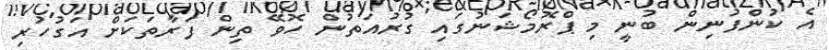
އެ ކުންފުނިން ބުނީ މި ޕްރޮމޯޝަނުގައި ގުރުއަތުން ހޮވޭ ތިން ފަރާތަކަށް އަގުހުރި